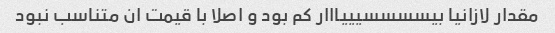
مقدار لازانیا بیسسسسیییااار کم بود و اصلا با قیمت ان متناسب نبود